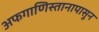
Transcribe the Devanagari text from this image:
अफगाणिस्तानापासून